Some observations on the poison of the banded krait (Bungarus fasciatus) - Number 7
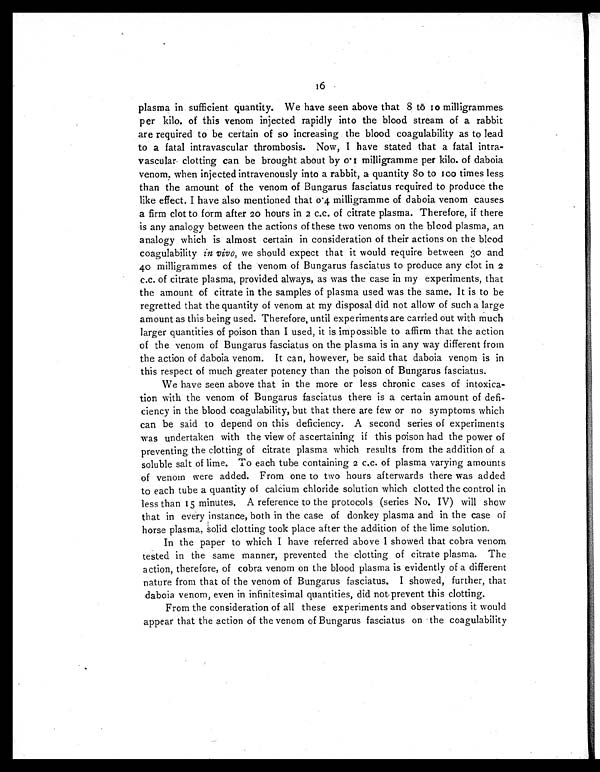
16
plasma in sufficient quantity. We have seen above that 8 to 10 milligrammes
per kilo. of this venom injected rapidly into the blood stream of a rabbit
are required to be certain of so increasing the blood coagulability as to lead
to a fatal intravascular thrombosis. Now, I have stated that a fatal intra-
vascular clotting can be brought about by 0. 1 milligramme per kilo. of daboia
venom, when injected intravenously into a rabbit, a quantity 80 to l00 times less.
than the amount of the venom of Bungarus fasciatus required to produce the
like effect. I have also mentioned that 0.4 milligramme of daboia venom causes
a firm clot to form after 20 hours in 2 c.c. of citrate plasma. Therefore, if there
is any analogy between the actions of these two venoms on the blood plasma, an
analogy which is almost certain in consideration of their actions on the blood
coagulability in vivo, we should expect that it would require between 30 and
40 milligrammes of the venom of Bungarus fasciatus to produce any clot in 2
c.c. of citrate plasma, provided always, as was the case in my experiments, that
the amount of citrate in the samples of plasma used was the same. It is to be
regretted that the quantity of venom at my disposal did not allow of such a large
amount as this being used. Therefore, until experiments are carried out with much
larger quantities of poison than I used, it is impossible to affirm that the action
of the venom of Bungarus fasciatus on the plasma is in any way different from
the action of daboia venom. It can, however, be said that daboia venom is in
this respect of much greater potency than the poison of Bungarus fasciatus.
We have seen above that in the more or less chronic cases of intoxica-
tion with the venom of Bungarus fasciatus there is a certain amount of defi-
ciency in the blood coagulability, but that there are few or no symptoms which
can be said to depend on this deficiency. A second series of experiments
was undertaken with the view of ascertaining if this poison had the power of
preventing the clotting of citrate plasma which results from the addition of a
soluble salt of lime. To each tube containing 2 c.c. of plasma varying amounts
of venom were added. From one to two hours afterwards there was added
to each tube a quantity of calcium chloride solution which clotted the control in
less than 15 minutes. A reference to the protocols (series No. IV) will show
that in every instance, both in the case of donkey plasma and in the case of
horse plasma, solid clotting took place after the addition of the lime solution.
In the paper to which I have referred above I showed that cobra venom
tested in the same manner, prevented the clotting of citrate plasma. The
action, therefore, of cobra venom on the blood plasma is evidently of a different
nature from that of the venom of Bungarus fasciatus. I showed, further, that
daboia venom, even in infinitesimal quantities, did not prevent this clotting.
From the consideration of all these experiments and observations it would
appear that the action of the venom of Bungarus fasciatus on the coagulability